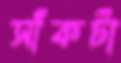
সাঁকটা